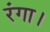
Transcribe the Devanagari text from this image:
रंगा।